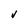
Character: v